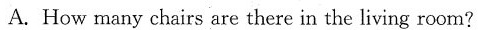
A. How many chairs are there in the living room?